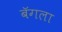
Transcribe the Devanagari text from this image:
बॅगला